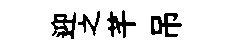
迎之芊吊